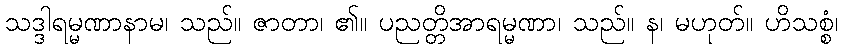
သဒ္ဒါရမ္မဏာနာမ၊ သည်။ ဇာတာ၊ ၏။ ပညတ္တိအာရမ္မဏာ၊ သည်။ န၊ မဟုတ်။ ဟိသစ္စံ၊